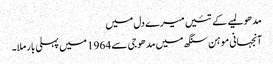
مدھو لمیے کے تئیں میرے دل میں
آنجہانی موہن سنگھ میں مدھو جی سے 1964 میں پہلی بار ملا۔